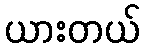
ယားတယ်